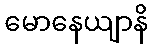
မောနေယျာနိ